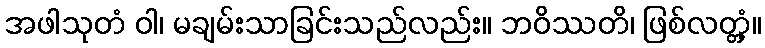
အဖါသုတံ ဝါ၊ မချမ်းသာခြင်းသည်လည်း။ ဘဝိဿတိ၊ ဖြစ်လတ္တံ့။